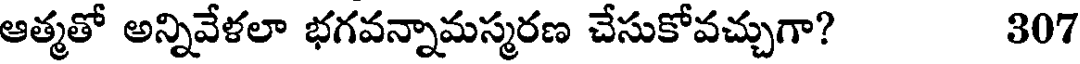
ఆత్మతో అన్నివేళలా భగవన్నామస్మరణ చేసుకోవచ్చుగా? 307